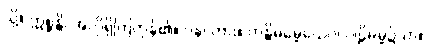
သို့။ ဣစ္ဆန္တိ၊ အလိုရှိကြကုန်၏။ ပန၊ ကား။ တန္တိဓမ္မေယေဝ၊ ပါဠိဓမ္မ၌သာ။